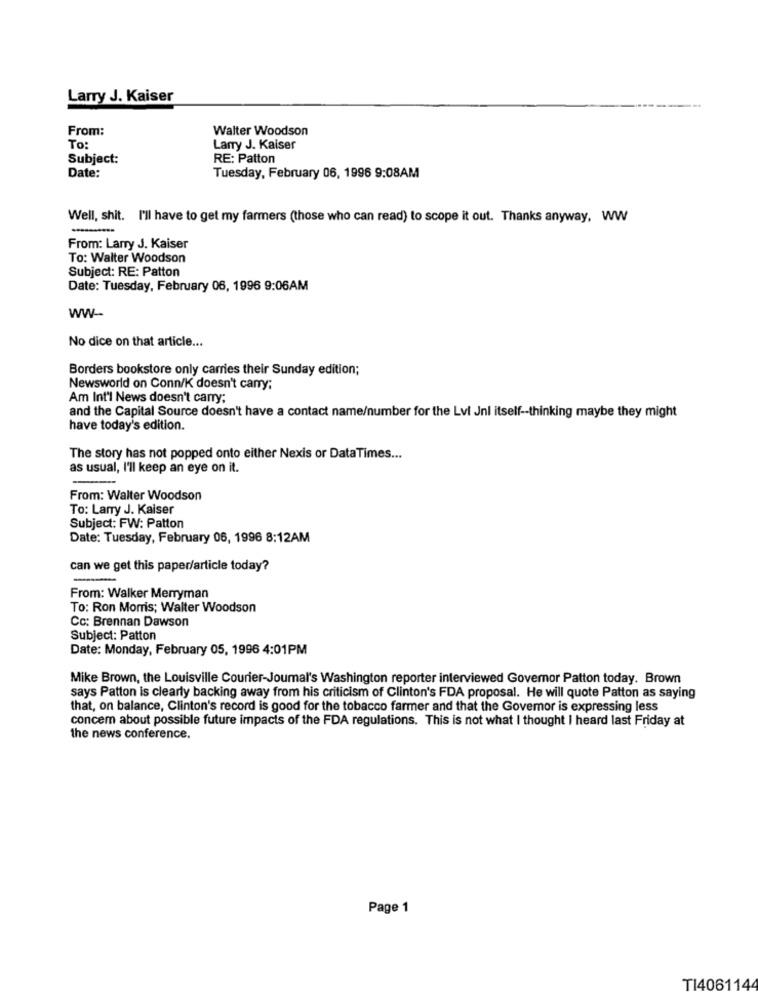
Larry J. Kaiser
From:
Walter Woodson
To:
Larry J. Kaiser
Subject:
RE: Patton
Date:
Tuesday, February 06, 1996 9:08AM
Well, shit. I'll have to get my farmers (those who can read) to scope it out. Thanks anyway, WW
From: Larry J. Kaiser
To: Walter Woodson
Subject: RE: Patton
Date: Tuesday, February 06, 1996 9:06AM
WW --
No dice on that article ...
Borders bookstore only carries their Sunday edition;
Newsworld on Conn/K doesn't carry;
Am Int'l News doesn't carry
and the Capital Source doesn't have a contact name/number for the Lvl Jnl itself -- thinking maybe they might
have today's edition.
The story has not popped onto either Nexis or DataTimes ...
as usual, I'll keep an eye on it.
From: Walter Woodson
To: Larry J. Kaiser
Subject: FW: Patton
Date: Tuesday, February 06, 1996 8:12AM
can we get this paper/article today?
From: Walker Merryman
To: Ron Morris; Walter Woodson
Cc: Brennan Dawson
Subject: Patton
Date: Monday, February 05, 1996 4:01PM
Mike Brown, the Louisville Courier-Joumal's Washington reporter interviewed Governor Patton today. Brown
says Patton is clearly backing away from his criticism of Clinton's FDA proposal. He will quote Patton as saying
that, on balance, Clinton's record is good for the tobacco farmer and that the Governor is expressing less
concern about possible future impacts of the FDA regulations. This is not what I thought I heard last Friday at
the news conference.
Page 1
TI4061144